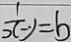
\frac { 1 } { x - y } = b